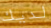
لديك